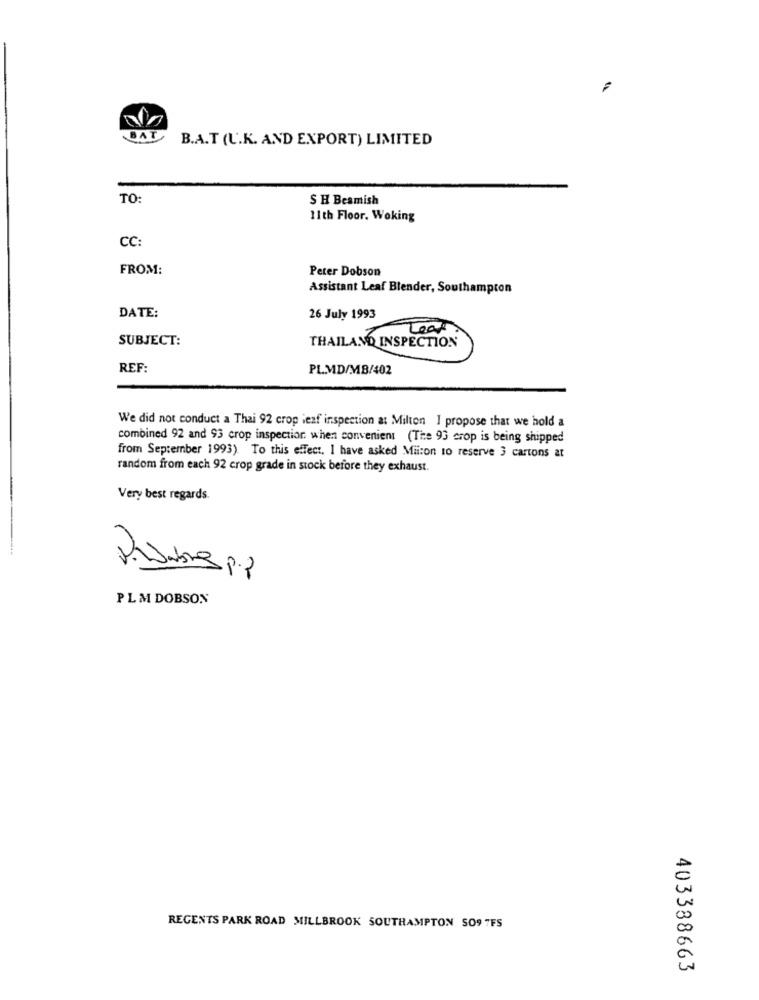
BAT
B.A.T (U.K. AND EXPORT) LIMITED
TO:
S H Beamish
11th Floor. Woking
CC:
FROM:
Peter Dobson
Assistant Leaf Blender, Southampton
DATE:
26 July 1993
Lear
SUBJECT:
THAILAND INSPECTION
REF:
PL.MD/MB/402
We did not conduct a Thai 92 crop leaf inspection at Milten I propose that we hold a
combined 92 and 93 crop inspection when convenient (The 93 crop is being shipped
from September 1993). To this effect. I have asked Miicon to reserve 3 cartons at
random from each 92 crop grade in stock before they exhaust.
Very best regards.
PLM DOBSON
REGENTS PARK ROAD MILLBROOK SOUTHAMPTON SO9 7FS
403388663